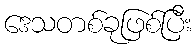
ဒေသတစ်ခုဖြစ်ပြီး